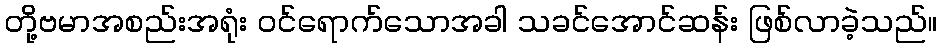
တို့ဗမာအစည်းအရုံး ဝင်ရောက်သောအခါ သခင်အောင်ဆန်း ဖြစ်လာခဲ့သည်။